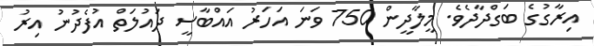
އިރާގުގެ ބަގްދާދެވެ. މީލާދީން 750 ވަނަ އަހަރު އައްބާސީ ދައުލަތް އުފެދުނު އިރު